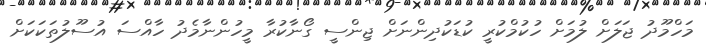
މަހްމޫދު ޖަލަށް ލުމަށް ހުކުމްކުރީ ކުޑަކުދިންނަށް ޖިންސީ ގޯނާކުރާ މީހުންނާމެދު ހާއްސަ އުސޫލުތަކަކަށް